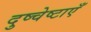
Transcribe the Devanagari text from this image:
दुष्चेष्टाएँ